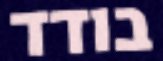
בודד